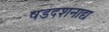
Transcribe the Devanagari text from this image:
षडदशनाद्य